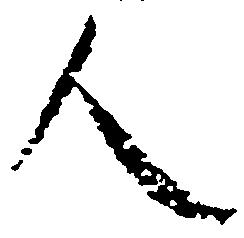
人